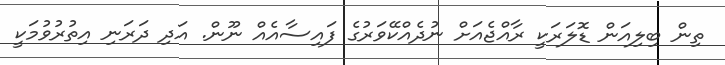
ތިން ބިލިއަން ޑޮލަރަކީ ރާއްޖެއަށް ނުދެއްކޭވަރުގެ ފައިސާއެއް ނޫން. އަދި ދަރަނި އިތުރުވުމަކީ